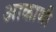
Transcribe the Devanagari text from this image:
आकाणी